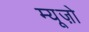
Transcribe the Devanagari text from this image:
म्यूज़ो